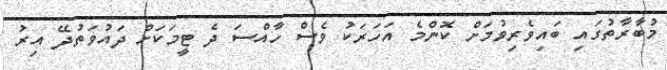
މުބާރާތުގައި ބައިވެރިވުމަށް ކޮންމެ އަހަރަކު ވެސް ހާއްސަ ދެ ޓީމަކަށް ދައުވަތުދޭ އިރު